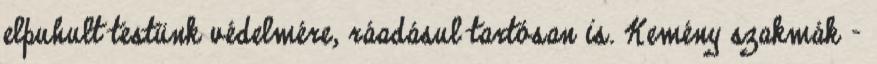
elpuhult testünk védelmére, ráadásul tartósan is. Kemény szakmák -